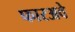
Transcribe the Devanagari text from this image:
फारअवे